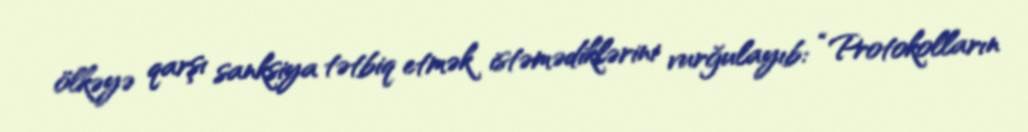
ölkəyə qarşı sanksiya tətbiq etmək istəmədiklərini vurğulayıb: “Protokolların